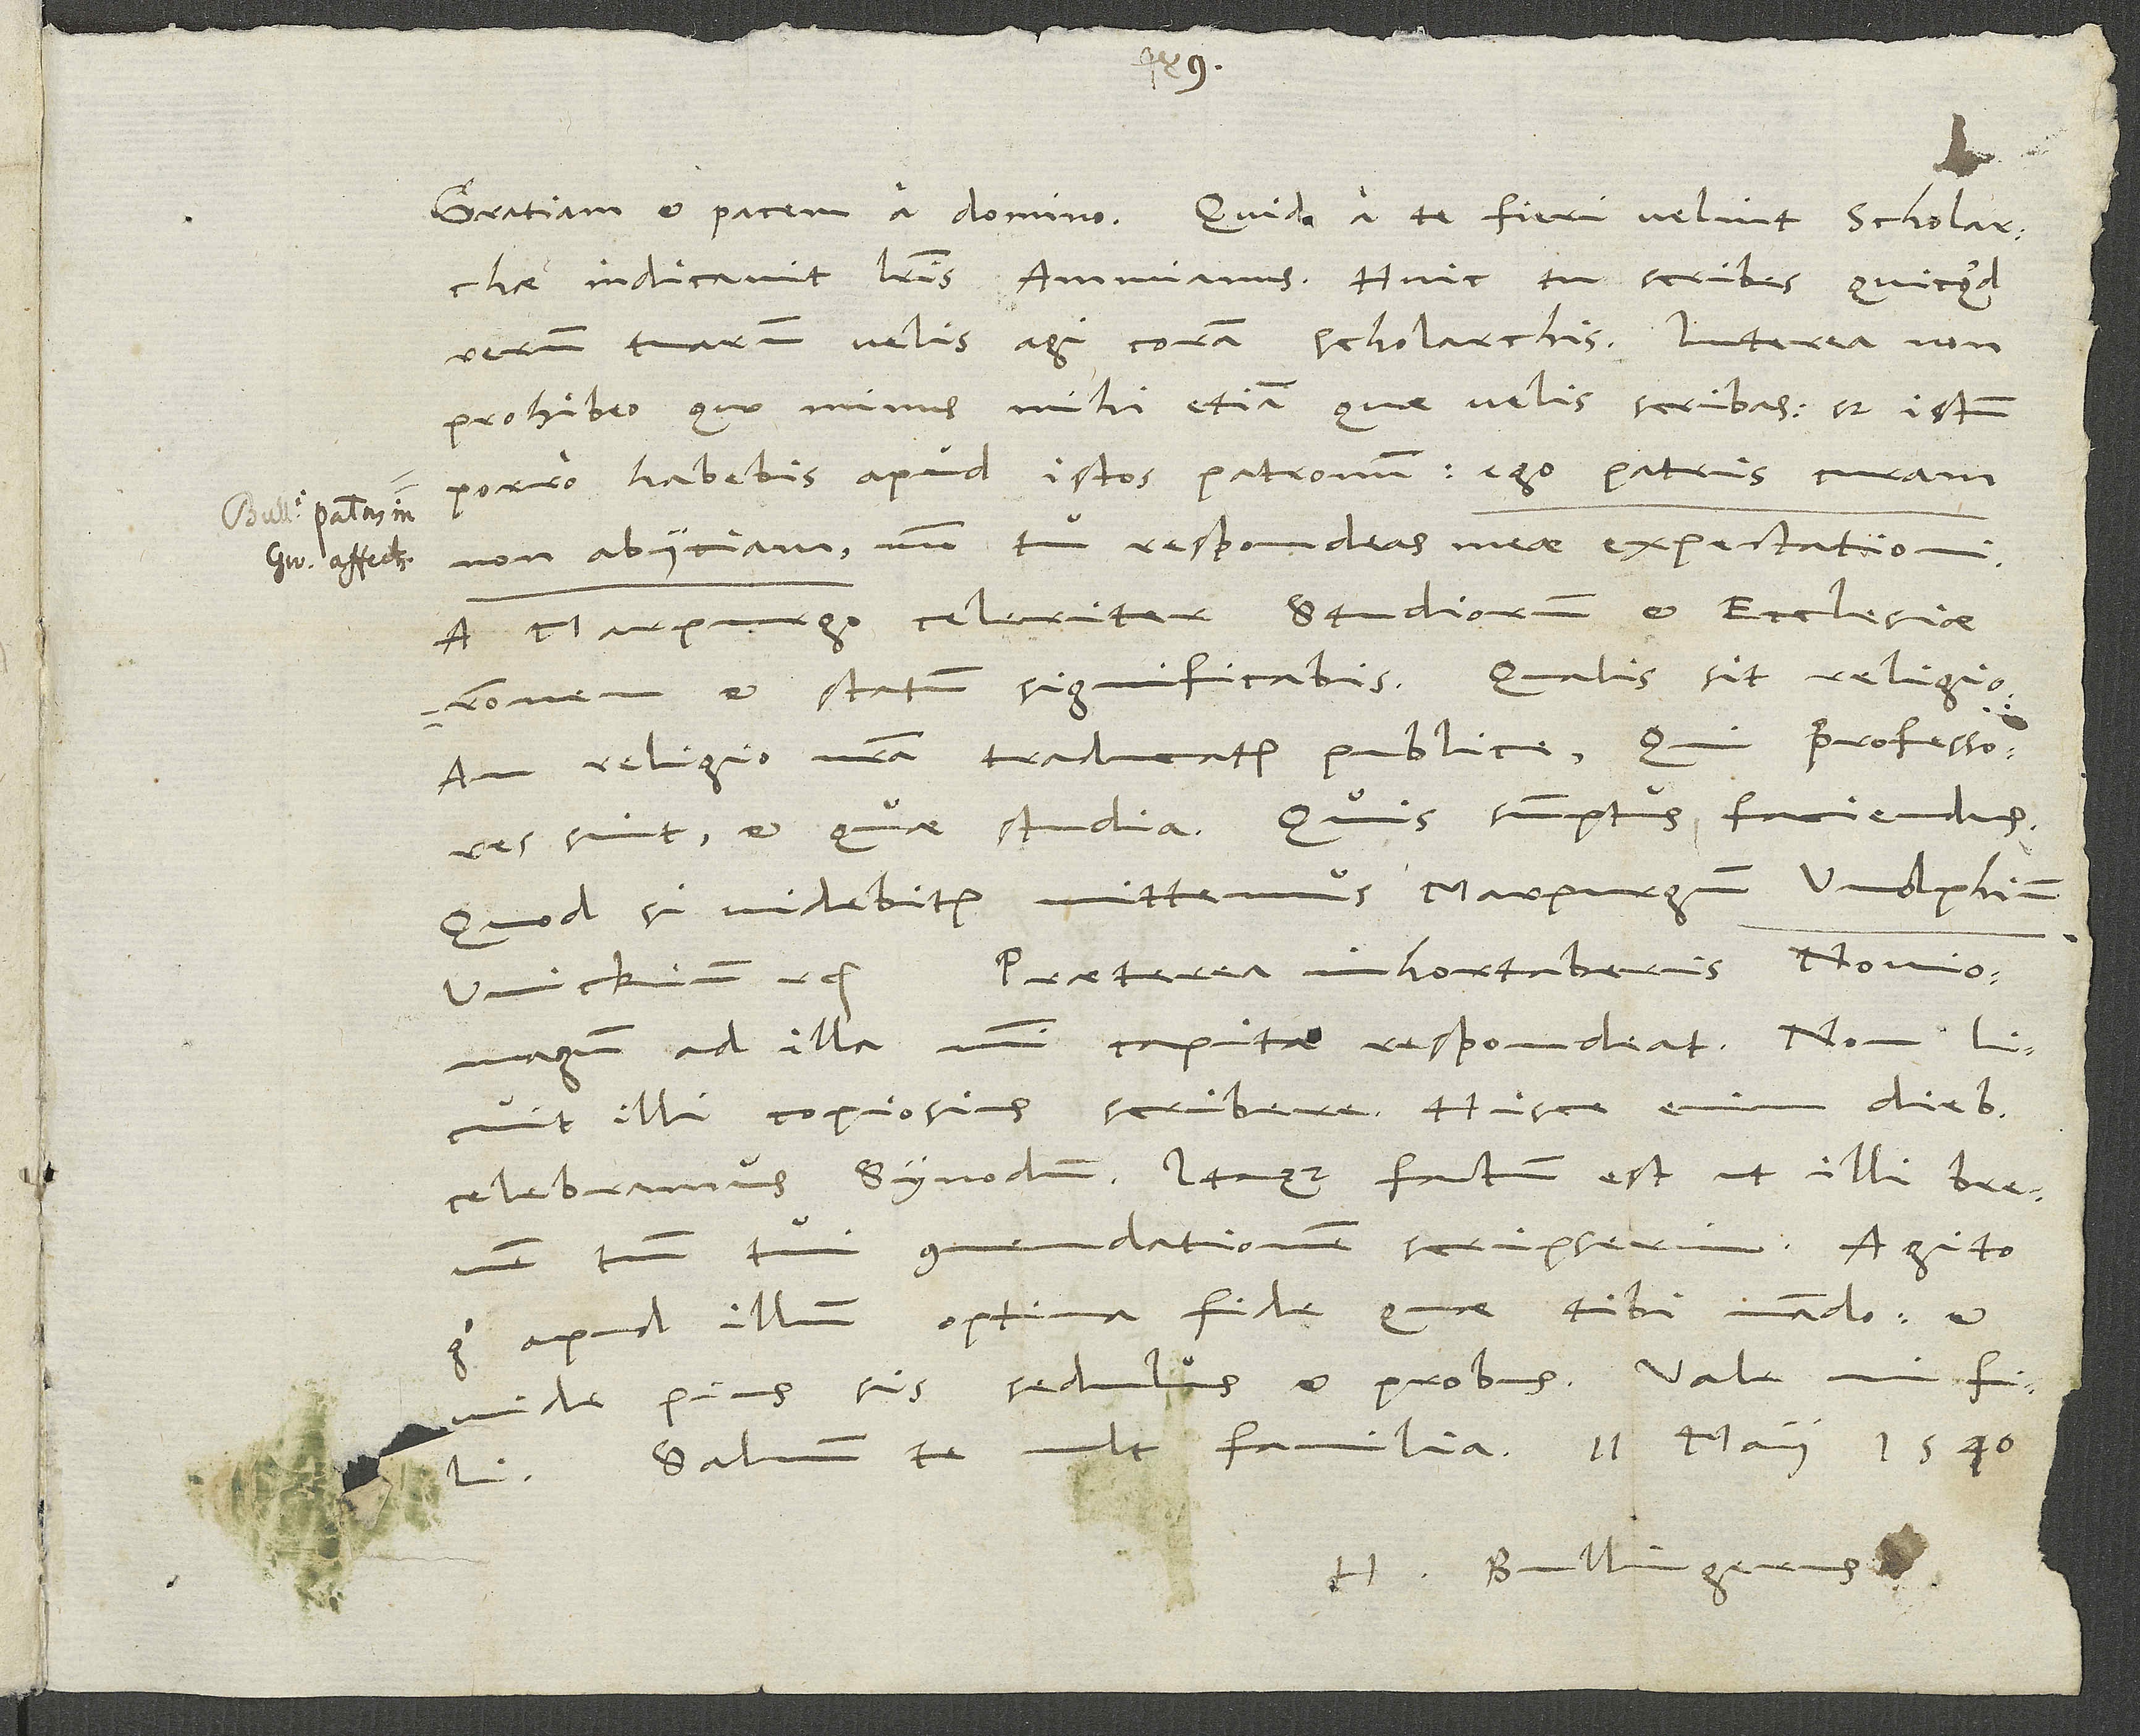
indicavit literis Ammianus. Huic tu scribes, quicquid
rerum tuarum velis agi coram scholarchis. Interea non
prohibeo, quo minus mihi etiam, quae velis, scribas; sed istum
porro habebis apud istos patronum. Ego patris curam
non abiiciam, modo tu respondeas meae expectationi.
A Marpurgo celeriter studiorum et ecclesiae
rationem et statum significabis: Qualis sit religio,
an religio nostra traducatur publice, qui professores
sint et quae studia, quis sumptus faciendus.
Quod si videbitur, mittemus Marpurgum Wolphium,
Wickium etc. Praeterea inhortaberis Noviomagum,
ad illa mihi capita respondeat. Non licuit
illi copiosius scribere. Hisce enim diebus
celebramus synodum. Itaque factum est, ut illi brevem
tantum tui commendationem scripserim. Agito
ergo apud illum optima fide, quae tibi mando, et
Salvum te vult familia. 11. maii 1540.
H. Bullingerus.